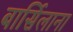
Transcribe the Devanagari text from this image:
बार्सिलाना